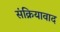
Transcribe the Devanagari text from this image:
संक्रियावाद